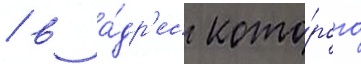
/ в а́др'ес кото́рого